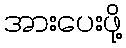
အားပေးဖို့